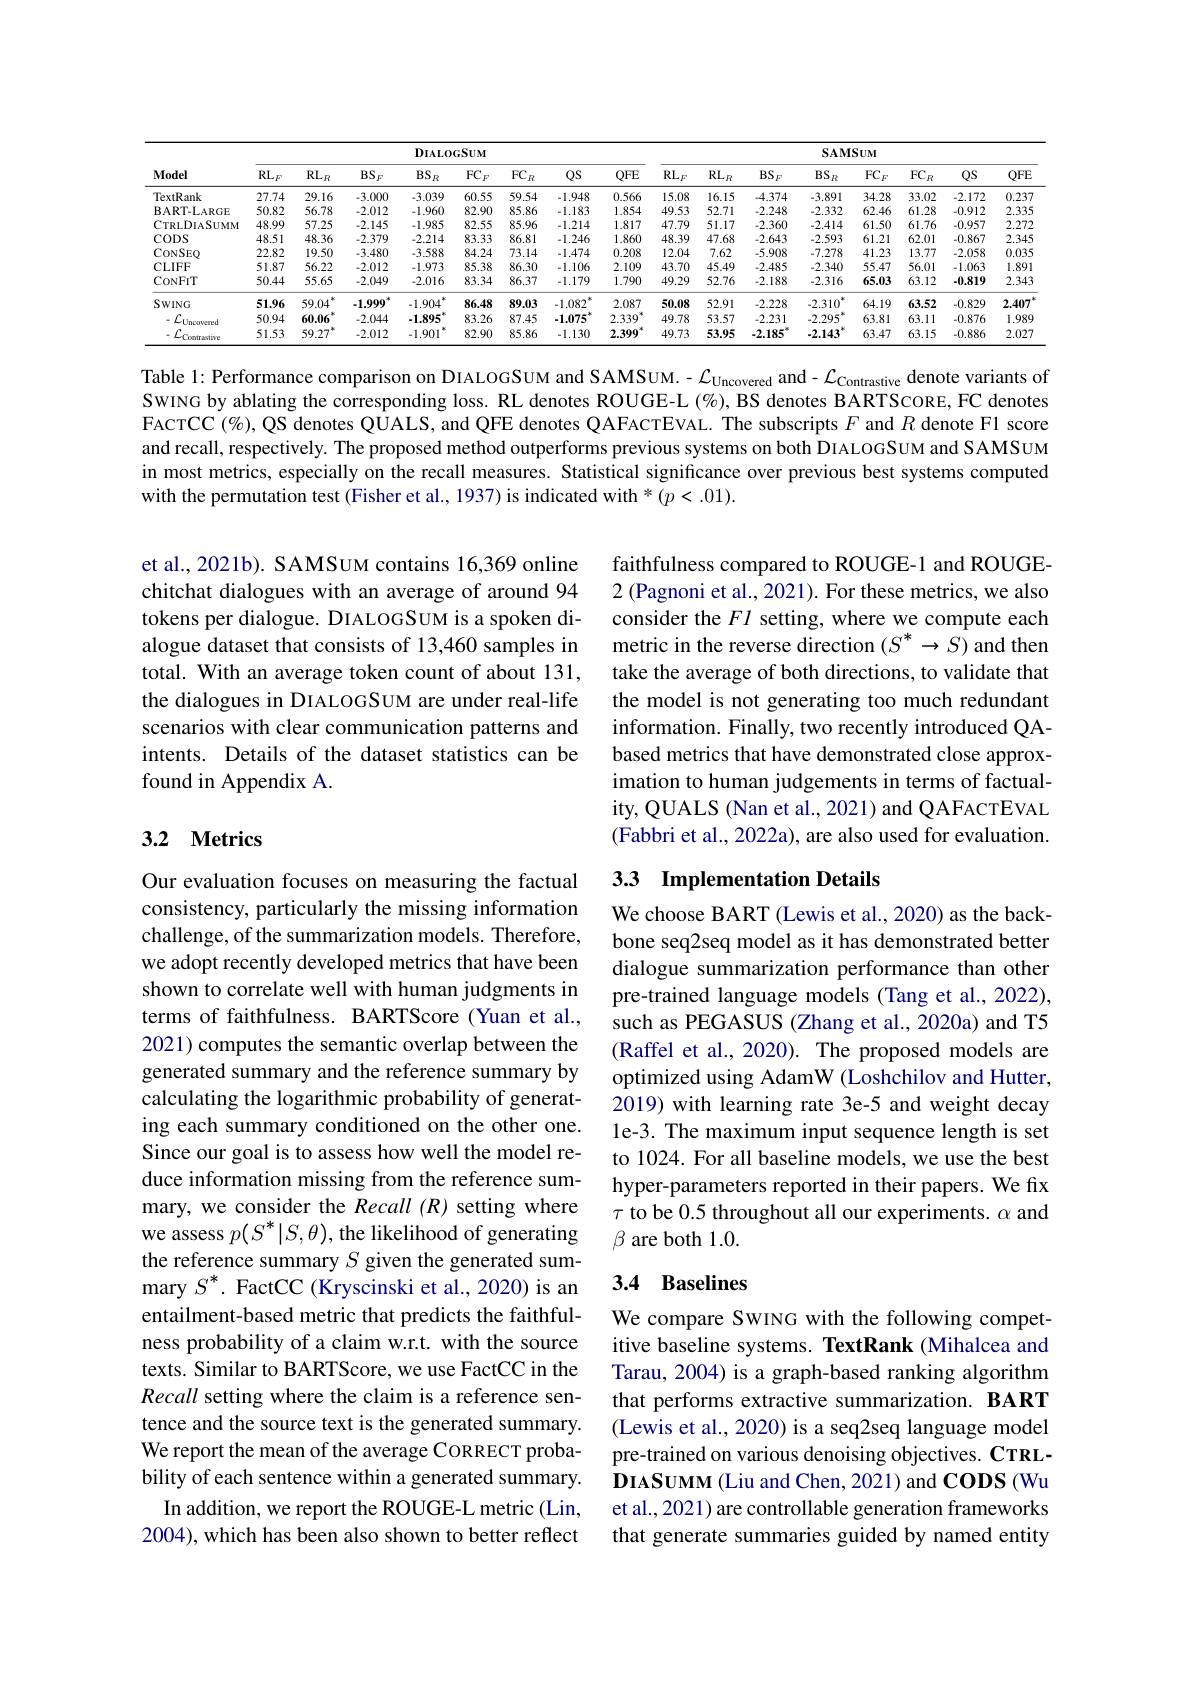
<table>
	<tbody>
		<tr>
			<th rowspan="2">Model</th>
			<th colspan="7">$DIALOGSUM$</th>
			<th colspan="7">SAMSUM</th>
		</tr>
		<tr>
			<th>$\mathrm{RL}_{F}$</th>
			<th>$\mathrm{RL}_{R}$</th>
			<th>$BS_F$</th>
			<th>$BS_R$</th>
			<th>$\mathrm{FC}_F$</th>
			<th>$QS$</th>
			<th>$QFE$</th>
			<th>$\mathrm{RL}_{F}$</th>
			<th>$BS_F$</th>
			<th>$BS_R$</th>
			<th>$\mathrm{FC}_F$</th>
			<th>$\mathrm{FC}_R$</th>
			<th>$QS$</th>
			<th>$QFE$</th>
		</tr>
		<tr>
			<td>TextRank</td>
			<td>27.74</td>
			<td>29.16</td>
			<td>-3.000</td>
			<td>-3.039</td>
			<td>60.55</td>
			<td>-1.948</td>
			<td>0.566</td>
			<td>15.08</td>
			<td>-4.374</td>
			<td>-3.891</td>
			<td>34.28</td>
			<td>33.02</td>
			<td>-2.172</td>
			<td>0.237</td>
		</tr>
		<tr>
			<td>$\mathbf{BART-LARGE}$</td>
			<td>50.82</td>
			<td>56.78</td>
			<td>.2.012</td>
			<td>-1.960</td>
			<td>82.90</td>
			<td>-1.183</td>
			<td>1.854</td>
			<td>49.53</td>
			<td>.2.248</td>
			<td>-2.332</td>
			<td>62.46</td>
			<td>61.28</td>
			<td>-0.912</td>
			<td>2.335</td>
		</tr>
		<tr>
			<td>CTRLDIASUMM</td>
			<td>48.99</td>
			<td>57.25</td>
			<td>.2.145</td>
			<td>-1.985</td>
			<td>82.55</td>
			<td>-1.214</td>
			<td>1.817</td>
			<td>47.79</td>
			<td>.2.360.</td>
			<td>-2.414</td>
			<td>61.50</td>
			<td>61.76</td>
			<td>-0.957</td>
			<td>2.272</td>
		</tr>
		<tr>
			<td>CODS</td>
			<td>48.51</td>
			<td>48.36</td>
			<td>.2.379</td>
			<td>-2.214</td>
			<td>83.33</td>
			<td>-1.246</td>
			<td>1.860</td>
			<td>48.39</td>
			<td>.2.643</td>
			<td>-2.593</td>
			<td>61.21</td>
			<td>62.01</td>
			<td>-0.867</td>
			<td>2.345</td>
		</tr>
		<tr>
			<td>CONSEQ</td>
			<td>22.82</td>
			<td>19.50</td>
			<td>-3.480</td>
			<td>-3.588</td>
			<td>84.24</td>
			<td>-1.474</td>
			<td>0.208</td>
			<td>12.04</td>
			<td>.5.908</td>
			<td>-7.278</td>
			<td>41.23</td>
			<td>13.77</td>
			<td>-2.058</td>
			<td>0.035</td>
		</tr>
		<tr>
			<td>CLIFF</td>
			<td>51.87</td>
			<td>56.22</td>
			<td>.2.012</td>
			<td>-1.973</td>
			<td>85.38</td>
			<td>-1.106</td>
			<td>2.109</td>
			<td>43.70</td>
			<td>.2.485</td>
			<td>-2.340</td>
			<td>55.47</td>
			<td>56.01</td>
			<td>-1.063</td>
			<td>1.891</td>
		</tr>
		<tr>
			<td>CONFIT</td>
			<td>50.44</td>
			<td>55.65</td>
			<td>-2.049</td>
			<td>-2.016</td>
			<td>83.34</td>
			<td>-1.179</td>
			<td>1.790</td>
			<td>49.29</td>
			<td>.2.188</td>
			<td>-2.316</td>
			<td>65.03</td>
			<td>63.12</td>
			<td>-0.819</td>
			<td>2.343</td>
		</tr>
		<tr>
			<td>SWING</td>
			<td>51.96</td>
			<td>59.04</td>
			<td>.1.999</td>
			<td>-1.904</td>
			<td>86.48</td>
			<td>-1.082</td>
			<td>2.087</td>
			<td>50.08</td>
			<td>.2.228</td>
			<td>$-2.310^{\circ}$</td>
			<td>64.19</td>
			<td>63.52</td>
			<td>-0.829</td>
			<td>2.407</td>
		</tr>
		<tr>
			<td>$\mathcal{L}_{\mathrm{Uncovered}}$</td>
			<td>50.94</td>
			<td>60.06</td>
			<td>-2.044</td>
			<td>-1.895</td>
			<td>83.26</td>
			<td>.1.075</td>
			<td>2.339</td>
			<td>49.78</td>
			<td>.2.231</td>
			<td>-2.295</td>
			<td>63.81</td>
			<td>63.11</td>
			<td>-0.876</td>
			<td>1.989</td>
		</tr>
		<tr>
			<td>${\mathcal{L}}_{\mathrm{Contrastive}}$</td>
			<td>51.53</td>
			<td>59.27</td>
			<td>-2.012</td>
			<td>-1.901</td>
			<td>82.90</td>
			<td>-1.130</td>
			<td>2.399</td>
			<td>49.73</td>
			<td>.2.185</td>
			<td>-2.143</td>
			<td>63.47</td>
			<td>63.15</td>
			<td>-0.886</td>
			<td>2.027</td>
		</tr>
	</tbody>
</table>

Table 1: Performance comparison on DIALOGSUM and SAMSUM. - $\mathcal{L}_{\text{Uncovered}}$ and - $\mathcal{L}_{\text{Contrastive}}$ denote variants of SwING by ablating the corresponding loss. RL denotes ROUGE-L (%), BS denotes BARTSCORE, FC denotes FACTCC $(\%)$,QS denotes QUALS, and QFE denotes QAFACTEVAL. The subscripts $F$ and $R$ denote Fl score and recall, respectively. The proposed method outperforms previous systems on both DIALOGSUM and SAMSUM in most metrics, especially on the recall measures. Statistical significance over previous best systems computed with the permutation test (Fisher et al., 1937) is indicated with * (p<.01).

et al., 2021b). SAMSUM contains 16,369 online chitchat dialogues with an average of around 94 tokens per dialogue. DIALOGSUM is a spoken dialogue dataset that consists of 13,460 samples in total. With an average token count of about 131, the dialogues in DIALOGSUM are under real-life scenarios with clear communication patterns and intents. Details of the dataset statistics can be found in Appendix A.

faithfulness compared to ROUGE-1 and ROUGE- 2 (Pagnoni et al., 2021). For these metrics, we also consider the $Fl$ setting, where we compute each metric in the reverse direction $(S^*\to S)$ and then take the average of both directions, to validate that the model is not generating too much redundant information. Finally, two recently introduced QAbased metrics that have demonstrated close approximation to human judgements in terms of factuality, QUALS (Nan et al., 2021) and QAFACTEVAL (Fabbri et al., 2022a), are also used for evaluation.

## 3.2 Metrics

# 33 Implementation Details

We choose BART (Lewis et al., 2020) as the backbone seq2seq model as it has demonstrated better dialogue summarization performance than other pre-trained language models (Tang et al., 2022), such as PEGASUS (Zhang et al., 2020a) and T5 (Raffel et al., 2020). The proposed models are optimized using AdamW (Loshchilov and Hutter, 2019) with learning rate 3e-5 and weight decay le-3. The maximum input sequence length is set to 1024. For all baseline models, we use the best hyper-parameters reported in their papers. We fix $\tau$ to be 0.5 throughout all our experiments. $\alpha$ and $\beta$ are both 1.0.

Our evaluation focuses on measuring the factual consistency, particularly the missing information challenge, of the summarization models. Therefore, we adopt recently developed metrics that have been shown to correlate well with human judgments in terms of faithfulness. BARTScore (Yuan et al., 2021) computes the semantic overlap between the generated summary and the reference summary by calculating the logarithmic probability of generating each summary conditioned on the other one. Since our goal is to assess how well the model reduce information missing from the reference summary, we consider the Recall (R) setting where we assess $p(S^*|S,\theta)$, the likelihood of generating the reference summary $S$ given the generated summary $S^*.$ FactCC (Kryscinski et al., 2020) is an entailment-based metric that predicts the faithfulness probability of a claim w.r.t. with the source texts. Similar to BARTScore, we use FactCC in the Recall setting where the claim is a reference sentence and the source text is the generated summary. (Lewis et al.,2020) is a seq2seq language model
We report the mean of the average CORRECT probability of each sentence within a generated summary.
In addition, we report the ROUGE-L metric (Lin, 2004), which has been also shown to better reflect

## 3.4 Baselines

We compare SWING with the following competitive baseline systems. TextRank (Mihalcea and Tarau, 2004) is a graph-based ranking algorithm that performs extractive summarization. BART pre-trained on various denoising objectives. CTRLDIASUMM (Liu and Chen, 2021) and CODS (Wu et al., 2021) are controllable generation frameworks that generate summaries guided by named entity